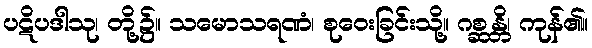
ပဋိပဒါသု၊ တို့၌။ သမောသရဏံ၊ စုဝေးခြင်းသို့။ ဂစ္ဆန္တိ၊ ကုန်၏။